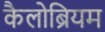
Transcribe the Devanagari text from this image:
कैलोब्रियम